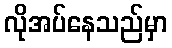
လိုအပ်နေသည်မှာ